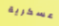
عسكرية